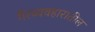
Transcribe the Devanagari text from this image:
गैरव्यवहारातील